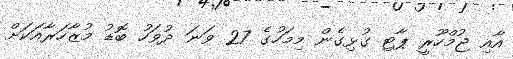
އާއި ޖުމްހޫރީ ޕާޓި ގުޅިގެން މިމަހުގެ 27 ވަނަ ދުވަހު ބޮޑު މުޒާހަރާއަކަށް